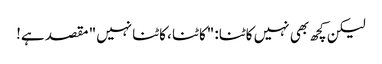
لیکن کچھ بھی نہیں کاٹنا: "کاٹنا ، کاٹنا نہیں" مقصد ہے!